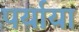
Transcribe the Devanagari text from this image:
पर्याया